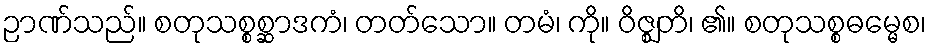
ဉာဏ်သည်။ စတုသစ္စစ္ဆာဒကံ၊ တတ်သော။ တမံ၊ ကို။ ဝိဇ္ဈတိ၊ ၏။ စတုသစ္စဓမ္မေစ၊